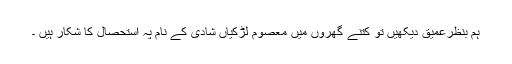
ہم بنظرعمیق دیکھیں تو کتنے گھروں میں معصوم لڑکیاں شادی کے نام پہ استحصال کا شکار ہیں ۔